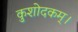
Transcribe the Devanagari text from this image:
कुशोदकम्।